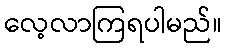
လေ့လာကြရပါမည်။